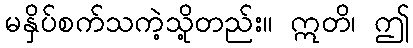
မနှိပ်စက်သကဲ့သို့တည်း။ ဣတိ၊ ဤ